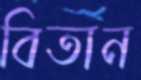
বিতান